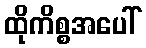
ထိုကိစ္စအပေါ်